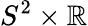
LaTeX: S^{2}\times\mathbb{R}